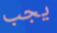
يجب